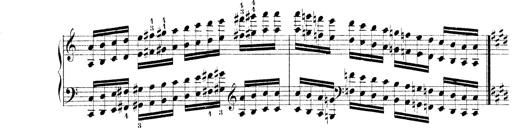
Title: Technische Studien
Composer: Franz Liszt